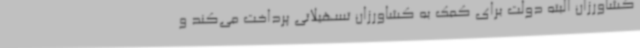
کشاورزان البته دولت برای کمک به کشاورزان تسهیلاتی پرداخت می‌کند و